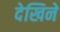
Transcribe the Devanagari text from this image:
देखिने